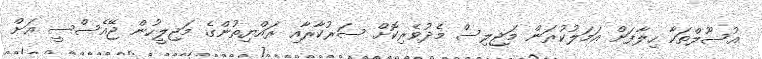
އުސޫލްތަކާ ހިލާފަށް އަމަލުކުރަން މަޖިލިސް މެދުވެރިކޮށް ސަރުކާރާއި ރައްޔިތުންގެ މަޖިލީހުން ޖޭއެސްސީ އަށް